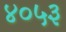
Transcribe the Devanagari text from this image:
४०५३